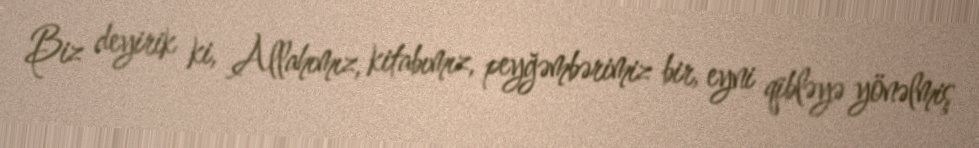
Biz deyirik ki, Allahımız, kitabımız, peyğəmbərimiz bir, eyni qibləyə yönəlmiş